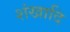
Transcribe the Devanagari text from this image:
शंखादि